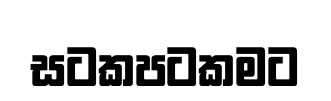
සටකපටකමට